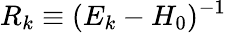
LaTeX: R_{k}\equiv{(E_{k}-H_{0})^{-1}}